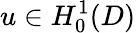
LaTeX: u\in H_{0}^{1}(D)